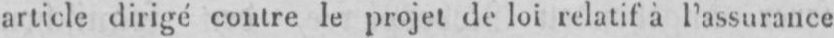
article dirigé contre le projet de loi relatif à l’assurance